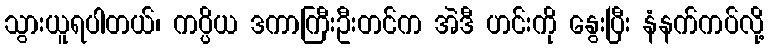
သွားယူရပါတယ်၊ ကပ္ပိယ ဒကာကြီးဦးတင်က အဲဒီ ဟင်းကို နွေးပြီး နံနက်ကပ်လို့